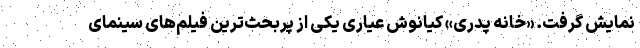
نمایش گرفت. «خانه پدری» کیانوش عیاری یکی از پربحث‌ترین فیلم‌های سینمای